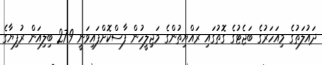
ދައުލަތުގެ މިއަހަރުގެ ބަޖެޓުގެ ގޮތުގައި ރައްޔިތުންގެ މަޖިލީހުން ފާސްކޮށްފައިވަނީ 27.9 ބިލިއަން ރުފިޔާގެ